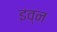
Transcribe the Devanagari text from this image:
इव्न